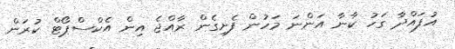
އުފައްދާ ގަހު ކާނާ އަންނަ މަހުން ފެށިގެން ރާއްޖެ އިން އެކްސްޕޯޓް ކުރަން